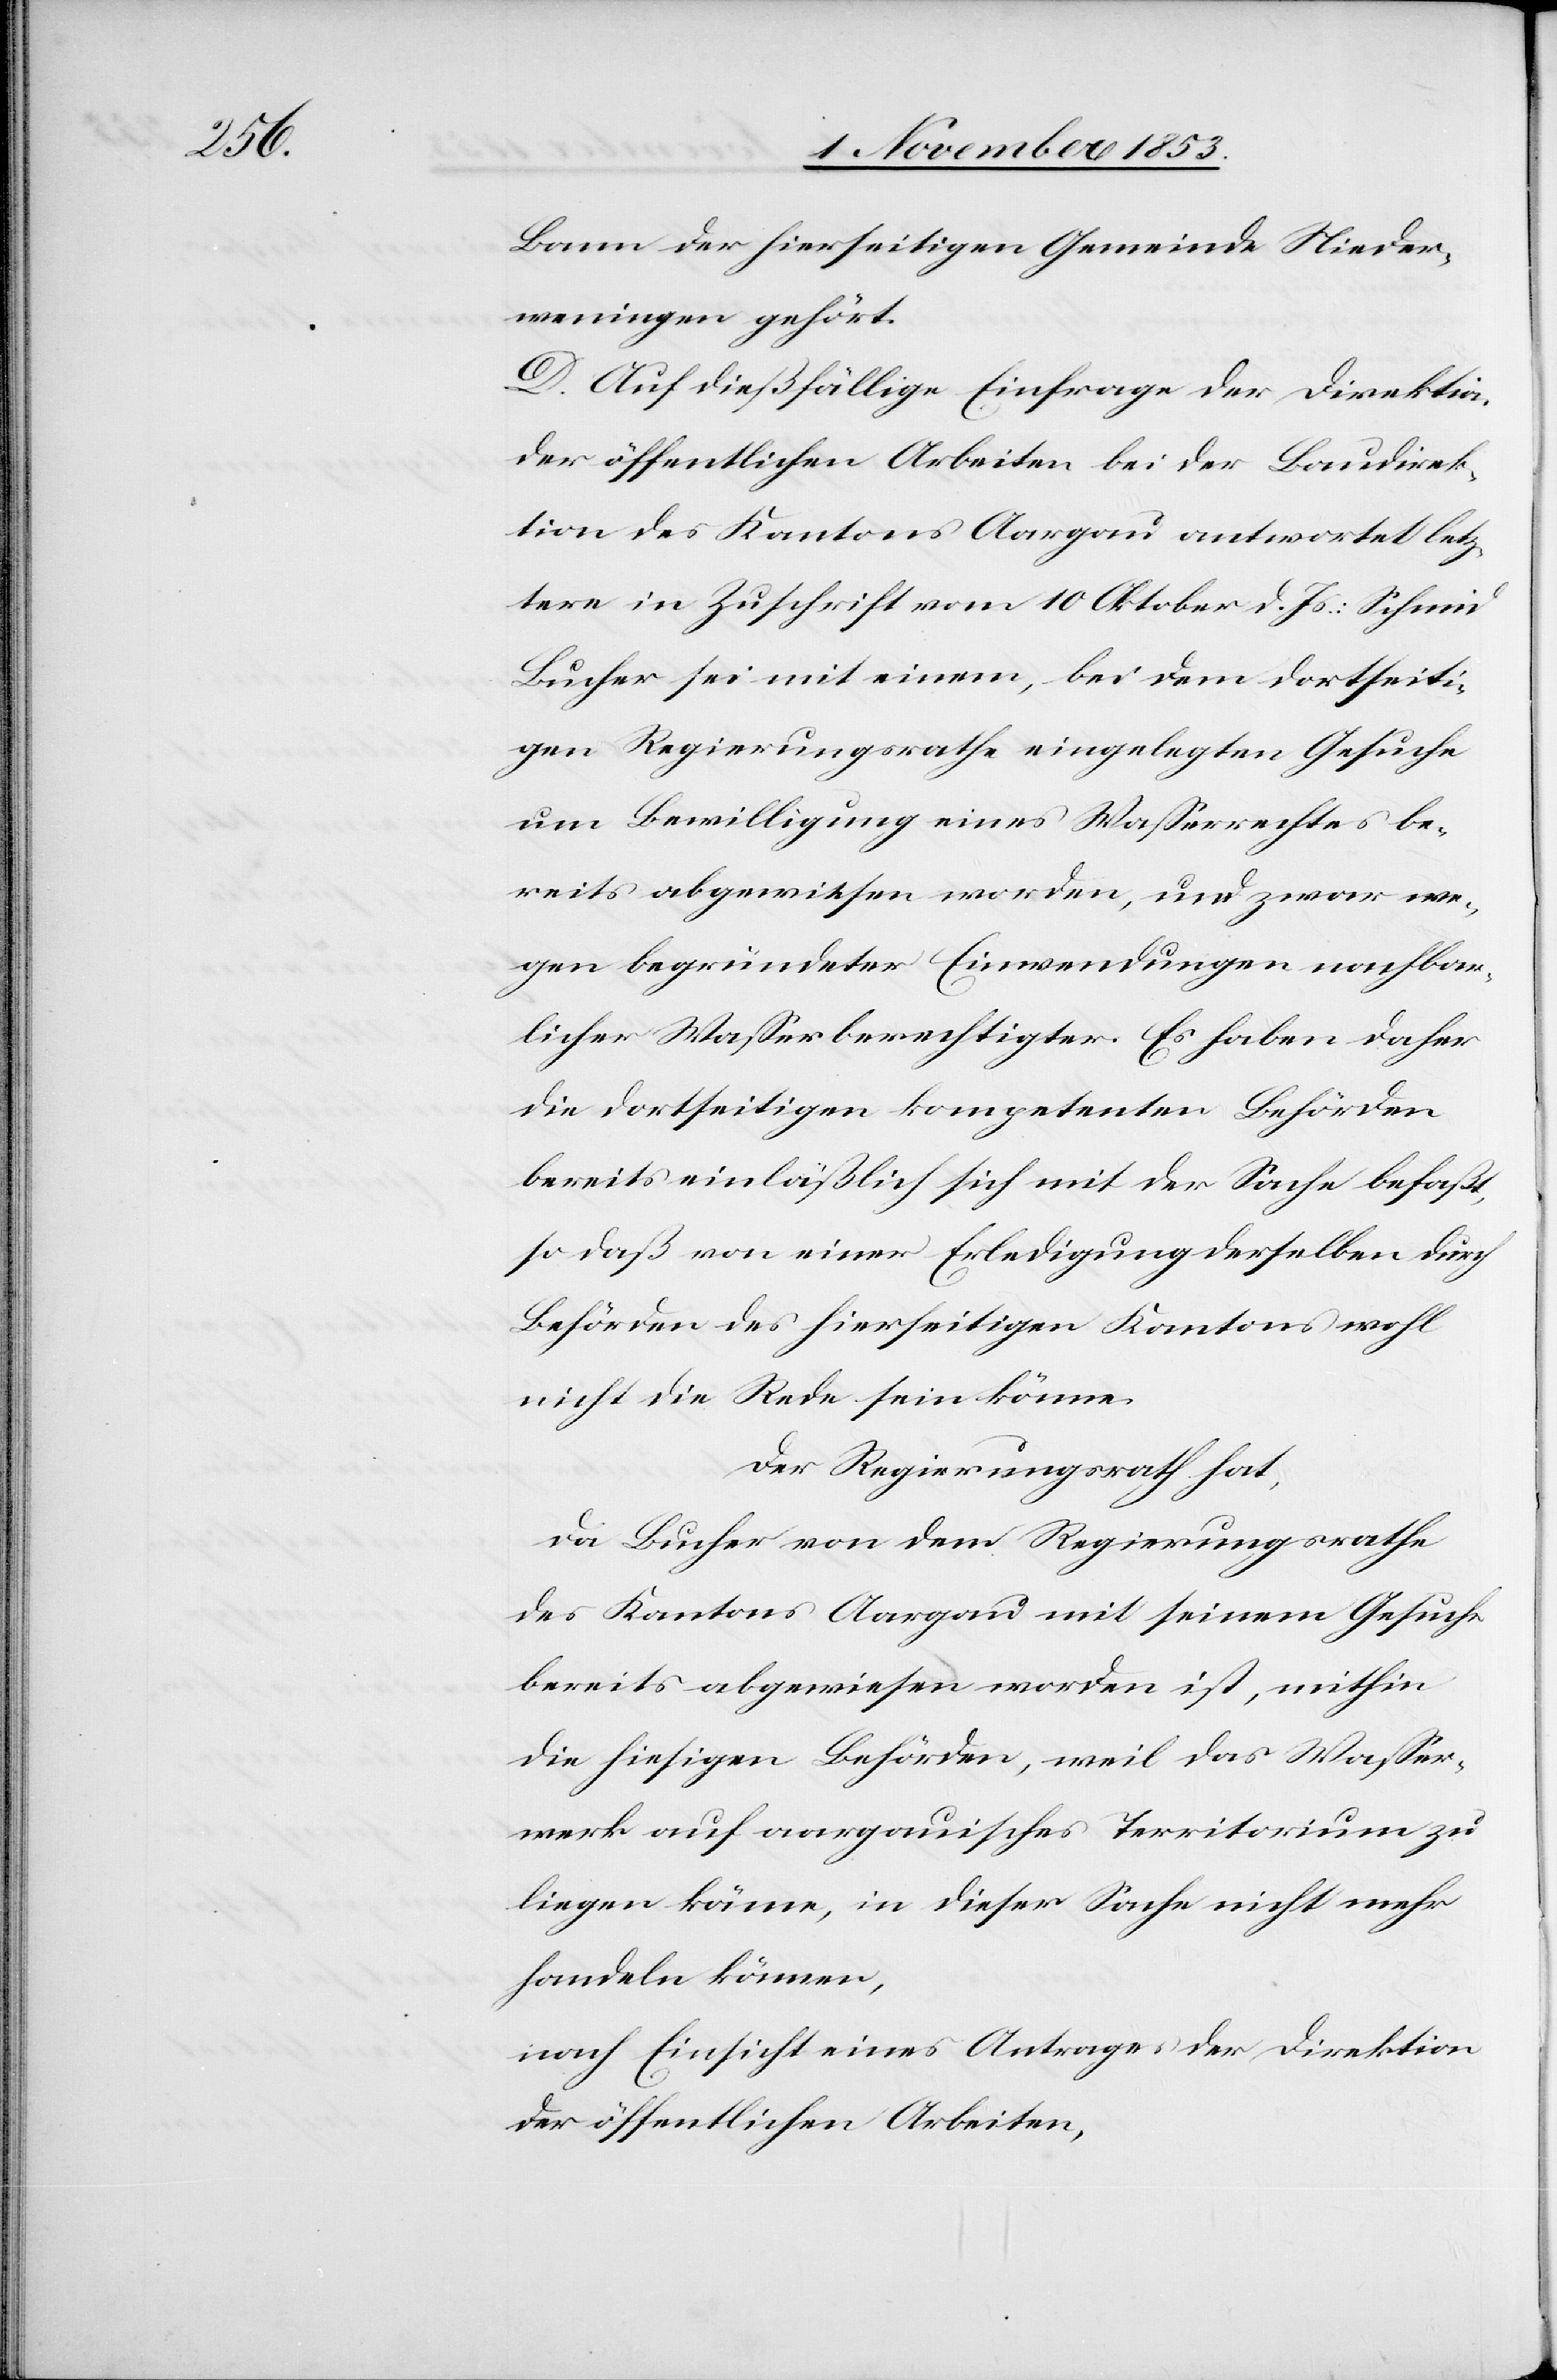
Bann der hierseitigen Gemeinde Nieder¬
weningen gehört.
D. Auf dießfällige Einfrage der Direktion
der öffentlichen Arbeiten bei der Baudirek¬
tion des Kantons Aargau antwortet letz¬
tere in Zuschrift vom 10 Oktober d. Js.: Schmid
Bucher sei mit einem, bei dem dortseiti¬
gen Regierungsrathe eingelegten Gesuche
um Bewilligung eines Waßerrechtes be¬
reits abgewiesen worden, und zwar we¬
gen begründeten Einwendungen nachbar¬
licher Waßerberechtigter. Es haben daher
die dortseitigen kompetenten Behörden
bereits einläßlich sich mit der Sache befaßt,
so daß von einer Erledigung derselben durch
Behörden des hierseitigen Kantons wohl
nicht die Rede sein könne.
Der Regierungsrath hat,
da Bucher von dem Regierungsrathe
des Kantons Aargau mit seinem Gesuche
bereits abgewiesen worden ist, mithin
die hiesigen Behörden, weil das Waßer¬
werk auf aargauisches Territorium zu
liegen käme, in dieser Sache nicht mehr
handeln können,
nach Einsicht eines Antrages der Direktion
der öffentlichen Arbeiten,